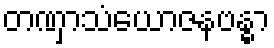
တဏှာသံယောဇနဗန္ဓာ